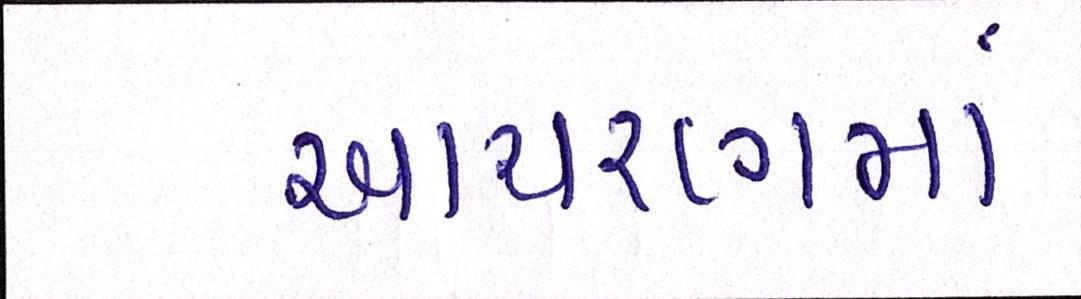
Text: આચરણમાં